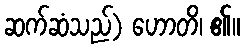
ဆက်ဆံသည်) ဟောတိ၊ ၏။